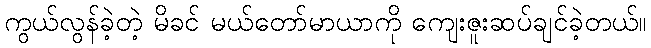
ကွယ်လွန်ခဲ့တဲ့ မိခင် မယ်တော်မာယာကို ကျေးဇူးဆပ်ချင်ခဲ့တယ်။